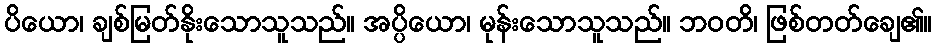
ပိယော၊ ချစ်မြတ်နိုးသောသူသည်။ အပ္ပိယော၊ မုန်းသောသူသည်။ ဘဝတိ၊ ဖြစ်တတ်ချေ၏။